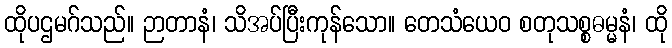
ထိုပဌမဂ်သည်။ ဉာတာနံ၊ သိအပ်ပြီးကုန်သော။ တေသံယေဝ စတုသစ္စဓမ္မနံ၊ ထို